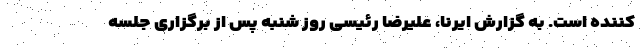
کننده است. به گزارش ایرنا، علیرضا رئیسی روز شنبه پس از برگزاری جلسه